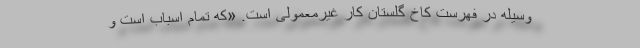
وسیله در فهرست کاخ گلستان کار غیرمعمولی است. «که تمامِ اسباب است و